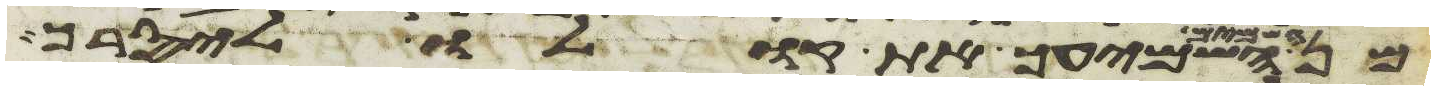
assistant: השמיעך את קולו ליסרך